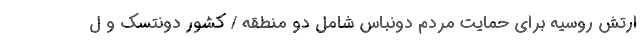
ارتش روسیه برای حمایت مردم دونباس شامل دو منطقه / کشور دونتسک و ل